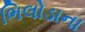
ભિલોડાના